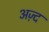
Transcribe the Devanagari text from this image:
अज़्द